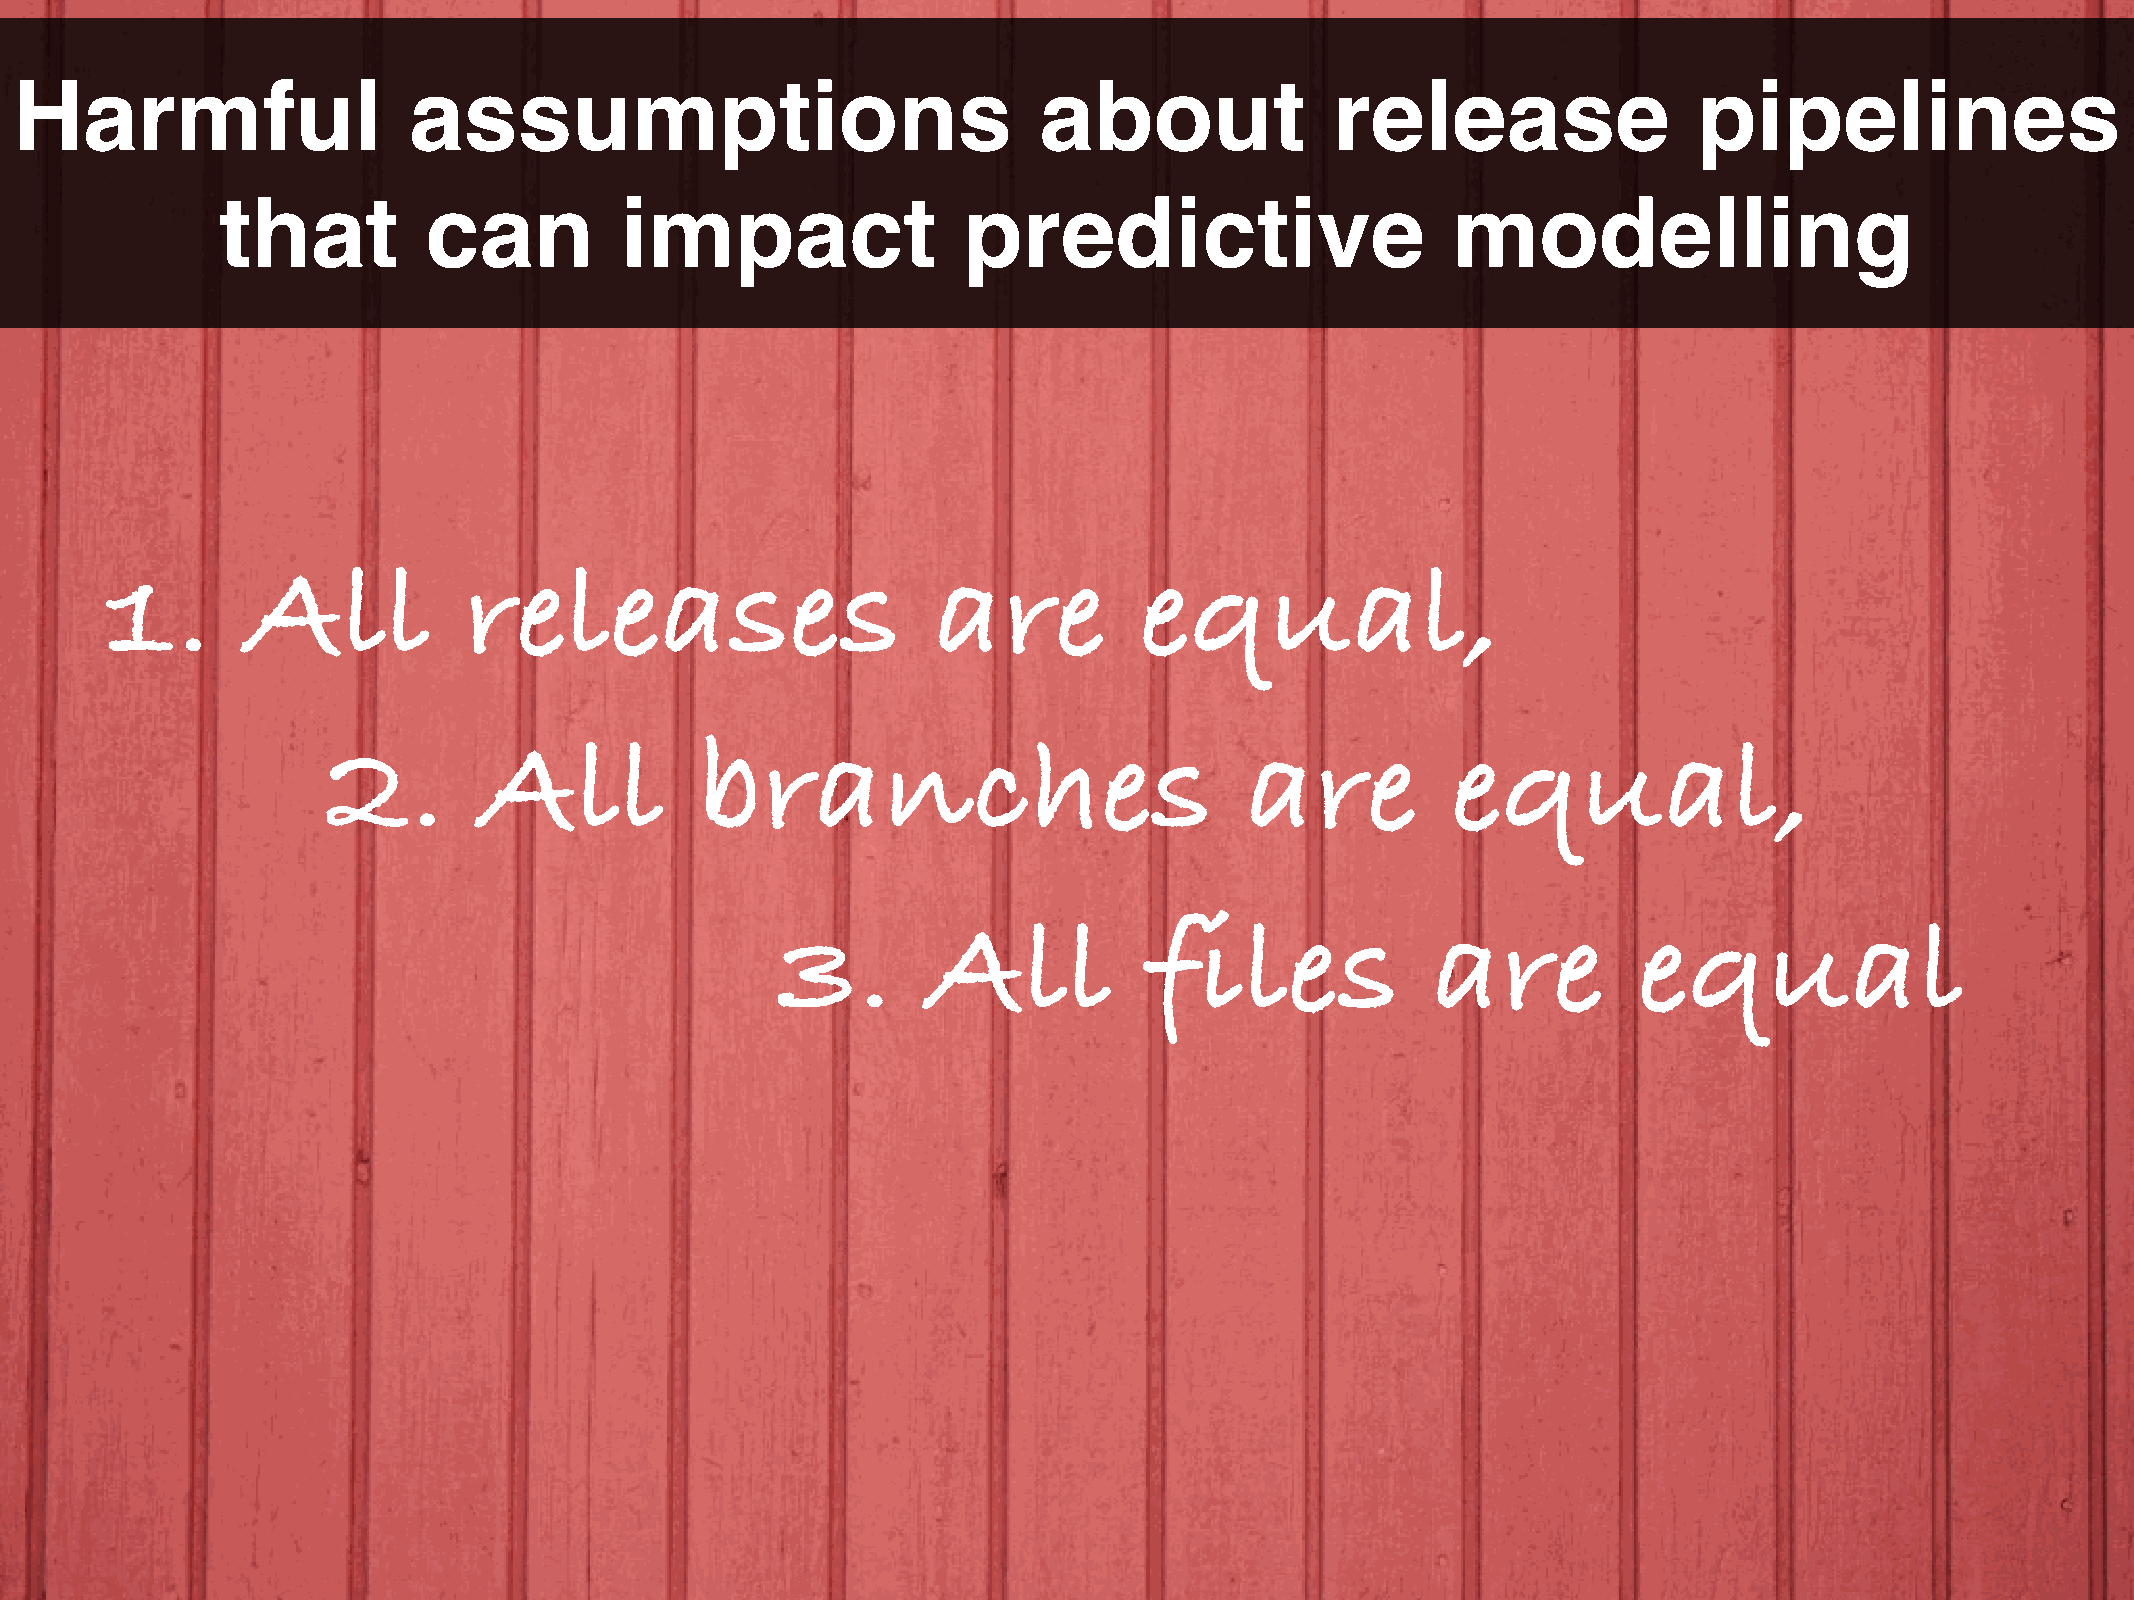
Harmful                   assumptions                               about              release                 pipelines
 that          can          impact                 predictive                      modelling
 1.       All            releases                       are          equal,
 2.        All           branches                            are           equal,
 3.        All            files              are          equal